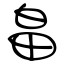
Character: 畠